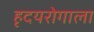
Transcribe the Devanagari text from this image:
हृदयरोगाला